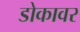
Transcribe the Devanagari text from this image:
डोकावर